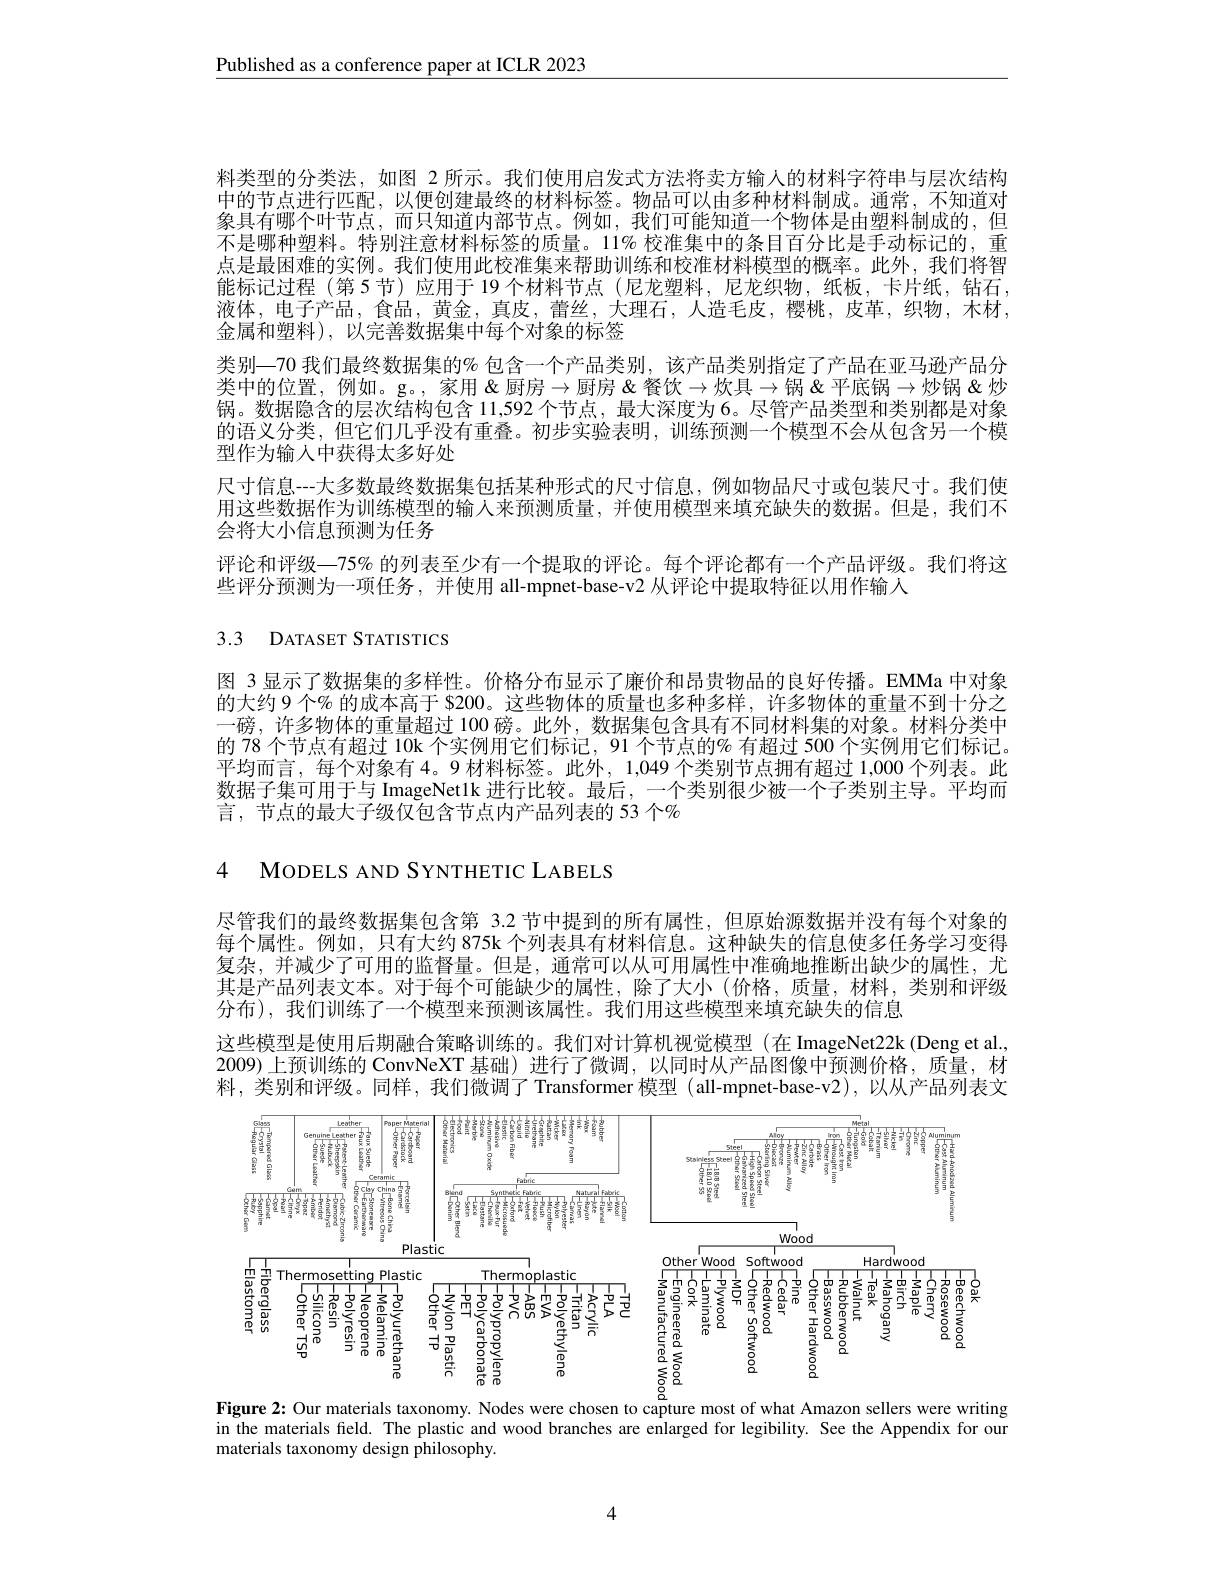
$\underline{\text{Published as a conference paper at ICLR 2023}}$

料类型的分类法，如图 2 所示。我们使用启发式方法将卖方输人的材料字符串与层次结构中的节点进行匹配，以便创建最终的材料标签。物品可以由多种材料制成。通常，不知道对象具有哪个叶节点，而只知道内部节点。例如，我们可能知道一个物体是由塑料制成的，但不是哪种塑料。特别注意材料标签的质量。11% 校准集中的条目百分比是手动标记的，重点是最困难的实例。我们使用此校准集来帮助训练和校准材料模型的概率。此外，我们将智能标记过程 (第5节)应用于 19个材料节点 (尼龙塑料，尼龙织物，纸板，卡片纸，钻石液体，电子产品，食品，黄金，真皮，蕾丝，大理石，人造毛皮，樱桃，皮革，织物，木材， 金属和塑料), 以完善数据集中每个对象的标签
类别—70 我们最终数据集的% 包含一个产品类别，该产品类别指定了产品在亚马逊产品分类中的位置，例如。g。, 家用 $\&$厨房$\to$厨房&餐饮$\to$炊具$\to$锅&平底锅$\to$炒锅&炒锅。数据隐含的层次结构包含 11,592 个节点 , 最大深度为 6。尽管产品类型和类别都是对象的语义分类，但它们几乎没有重叠。初步实验表明，训练预测一个模型不会从包含另一个模型作为输人中获得太多好处
尺寸信息---大多数最终数据集包括某种形式的尺寸信息，例如物品尺寸或包装尺寸。我们使用这些数据作为训练模型的输人来预测质量，并使用模型来填充缺失的数据。但是，我们不会将大小信息预测为任务
评论和评级—75% 的列表至少有一个提取的评论。每个评论都有一个产品评级。我们将这
些评分预测为一项任务，并使用 all-mpnet-base-v2 从评论中提取特征以用作输入

3.3 DATASET STATISTICS

图 3 显示了数据集的多样性。价格分布显示了廉价和昂贵物品的良好传播。EMMa 中对象的大约 9 个% 的成本高于 $200。这些物体的质量也多种多样，许多物体的重量不到十分之一磅，许多物体的重量超过 100 磅。此外，数据集包含具有不同材料集的对象。材料分类中的 78 个节点有超过 10k 个实例用它们标记，91 个节点的% 有超过 500 个实例用它们标记。平均而言，每个对象有4。9 材料标签。此外，1,049 个类别节点拥有超过 1,000 个列表。此数据子集可用于与 ImageNetlk 进行比较。最后，一个类别很少被一个子类别主导。平均而言，节点的最大子级仅包含节点内产品列表的 53 个%

4 MODELS AND SYNTHETIC LABELS

尽管我们的最终数据集包含第 3.2 节中提到的所有属性，但原始源数据并没有每个对象的每个属性。例如，只有大约 875k 个列表具有材料信息。这种缺失的信息使多任务学习变得复杂，并减少了可用的监督量。但是，通常可以从可用属性中准确地推断出缺少的属性，尤其是产品列表文本。对于每个可能缺少的属性，除了大小(价格，质量，材料，类别和评级分布),我们训练了一个模型来预测该属性。我们用这些模型来填充缺失的信息
这些模型是使用后期融合策略训练的。我们对计算机视觉模型(在 ImageNet22k(Deng et al., 2009)上预训练的 ConvNeXT 基础)进行了微调，以同时从产品图像中预测价格，质量，材料，类别和评级。同样，我们微调了Transformer 模型(all-mpnet-base-v2),以从产品列表文

<FigureHere>
Figure 2{:} Our materials taxonomy. Nodes were chosen to capture most of what Amazon sellers were writing

in the materials feld. The plastic and wood branches are enlarged for legibility. See the Appendix for oun
materials taxonomy design philosophy

4